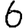
Digit: 6